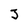
Character: J